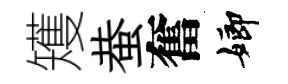
矱蛬奮嫏